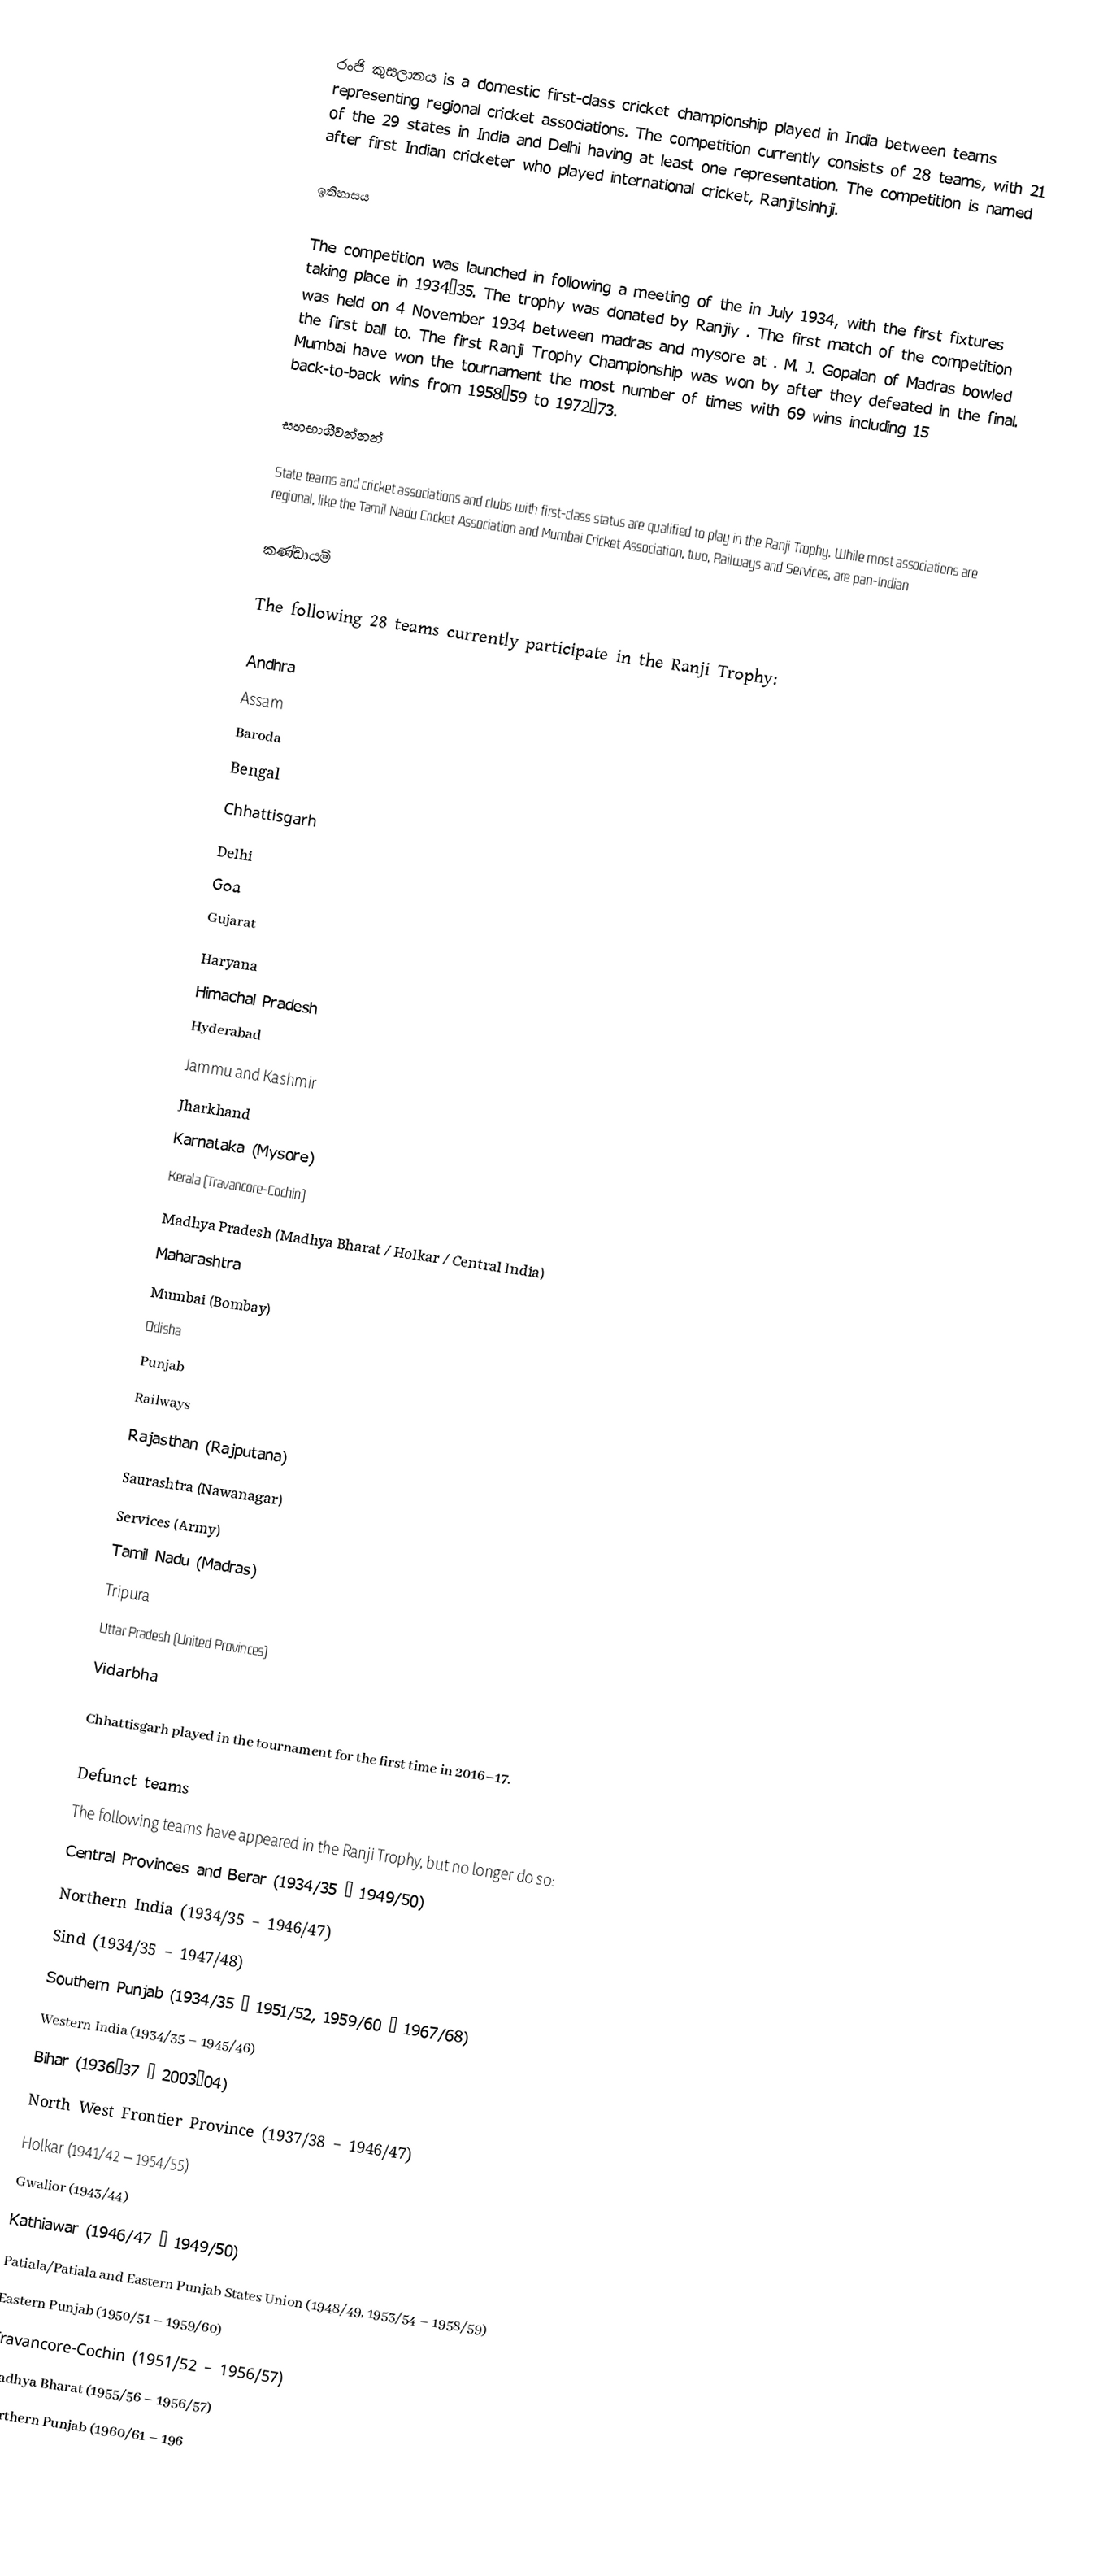
රංජි කුසලානය is a domestic first-class cricket championship played in India between teams representing regional cricket associations. The competition currently consists of 28 teams, with 21 of the 29 states in India and Delhi having at least one representation. The competition is named after first Indian cricketer who played international cricket, Ranjitsinhji.

ඉතිහාසය

The competition was launched in  following a meeting of the in July 1934, with the first fixtures taking place in 1934–35. The trophy was donated by Ranjiy . The first match of the competition was held on 4 November 1934 between madras and mysore at . M. J. Gopalan of Madras bowled the first ball to. The first Ranji Trophy Championship was won by  after they defeated in the final. Mumbai  have won the tournament the most number of times with 69 wins including 15 back-to-back wins from 1958–59 to 1972–73.

සහභාගීවන්නන්

State teams and cricket associations and clubs with first-class status are qualified to play in the Ranji Trophy. While most associations are regional, like the Tamil Nadu Cricket Association and Mumbai Cricket Association, two, Railways and Services, are pan-Indian

කණ්ඩායම්

The following 28 teams currently participate in the Ranji Trophy:

 Andhra
 Assam
 Baroda
 Bengal
 Chhattisgarh
 Delhi
 Goa
 Gujarat
 Haryana
 Himachal Pradesh
 Hyderabad
 Jammu and Kashmir
 Jharkhand
 Karnataka (Mysore)
 Kerala (Travancore-Cochin)
 Madhya Pradesh (Madhya Bharat / Holkar / Central India)
 Maharashtra
 Mumbai (Bombay)
 Odisha
 Punjab
 Railways
 Rajasthan (Rajputana)
 Saurashtra (Nawanagar)
 Services (Army)
 Tamil Nadu (Madras)
 Tripura
 Uttar Pradesh (United Provinces)
 Vidarbha

Chhattisgarh played in the tournament for the first time in 2016–17.

Defunct teams
The following teams have appeared in the Ranji Trophy, but no longer do so:
Central Provinces and Berar (1934/35 – 1949/50)
Northern India (1934/35 – 1946/47)
Sind (1934/35 – 1947/48)
Southern Punjab (1934/35 – 1951/52, 1959/60 – 1967/68)
Western India (1934/35 – 1945/46)
Bihar (1936–37 – 2003–04)
North West Frontier Province (1937/38 – 1946/47)
Holkar (1941/42 – 1954/55)
Gwalior (1943/44)
Kathiawar (1946/47 – 1949/50)
Patiala/Patiala and Eastern Punjab States Union (1948/49, 1953/54 – 1958/59)
Eastern Punjab (1950/51 – 1959/60)
Travancore-Cochin (1951/52 – 1956/57)
Madhya Bharat (1955/56 – 1956/57)
Northern Punjab (1960/61 – 196